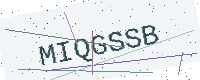
Text: MIQGSSB